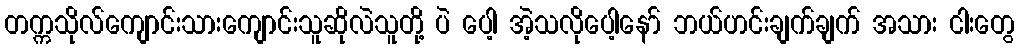
တက္ကသိုလ်ကျောင်းသားကျောင်းသူဆိုလဲသူတို့ ပဲ ပေါ့ အဲ့သလိုပေါ့နော် ဘယ်ဟင်းချက်ချက် အသား ငါးတွေ